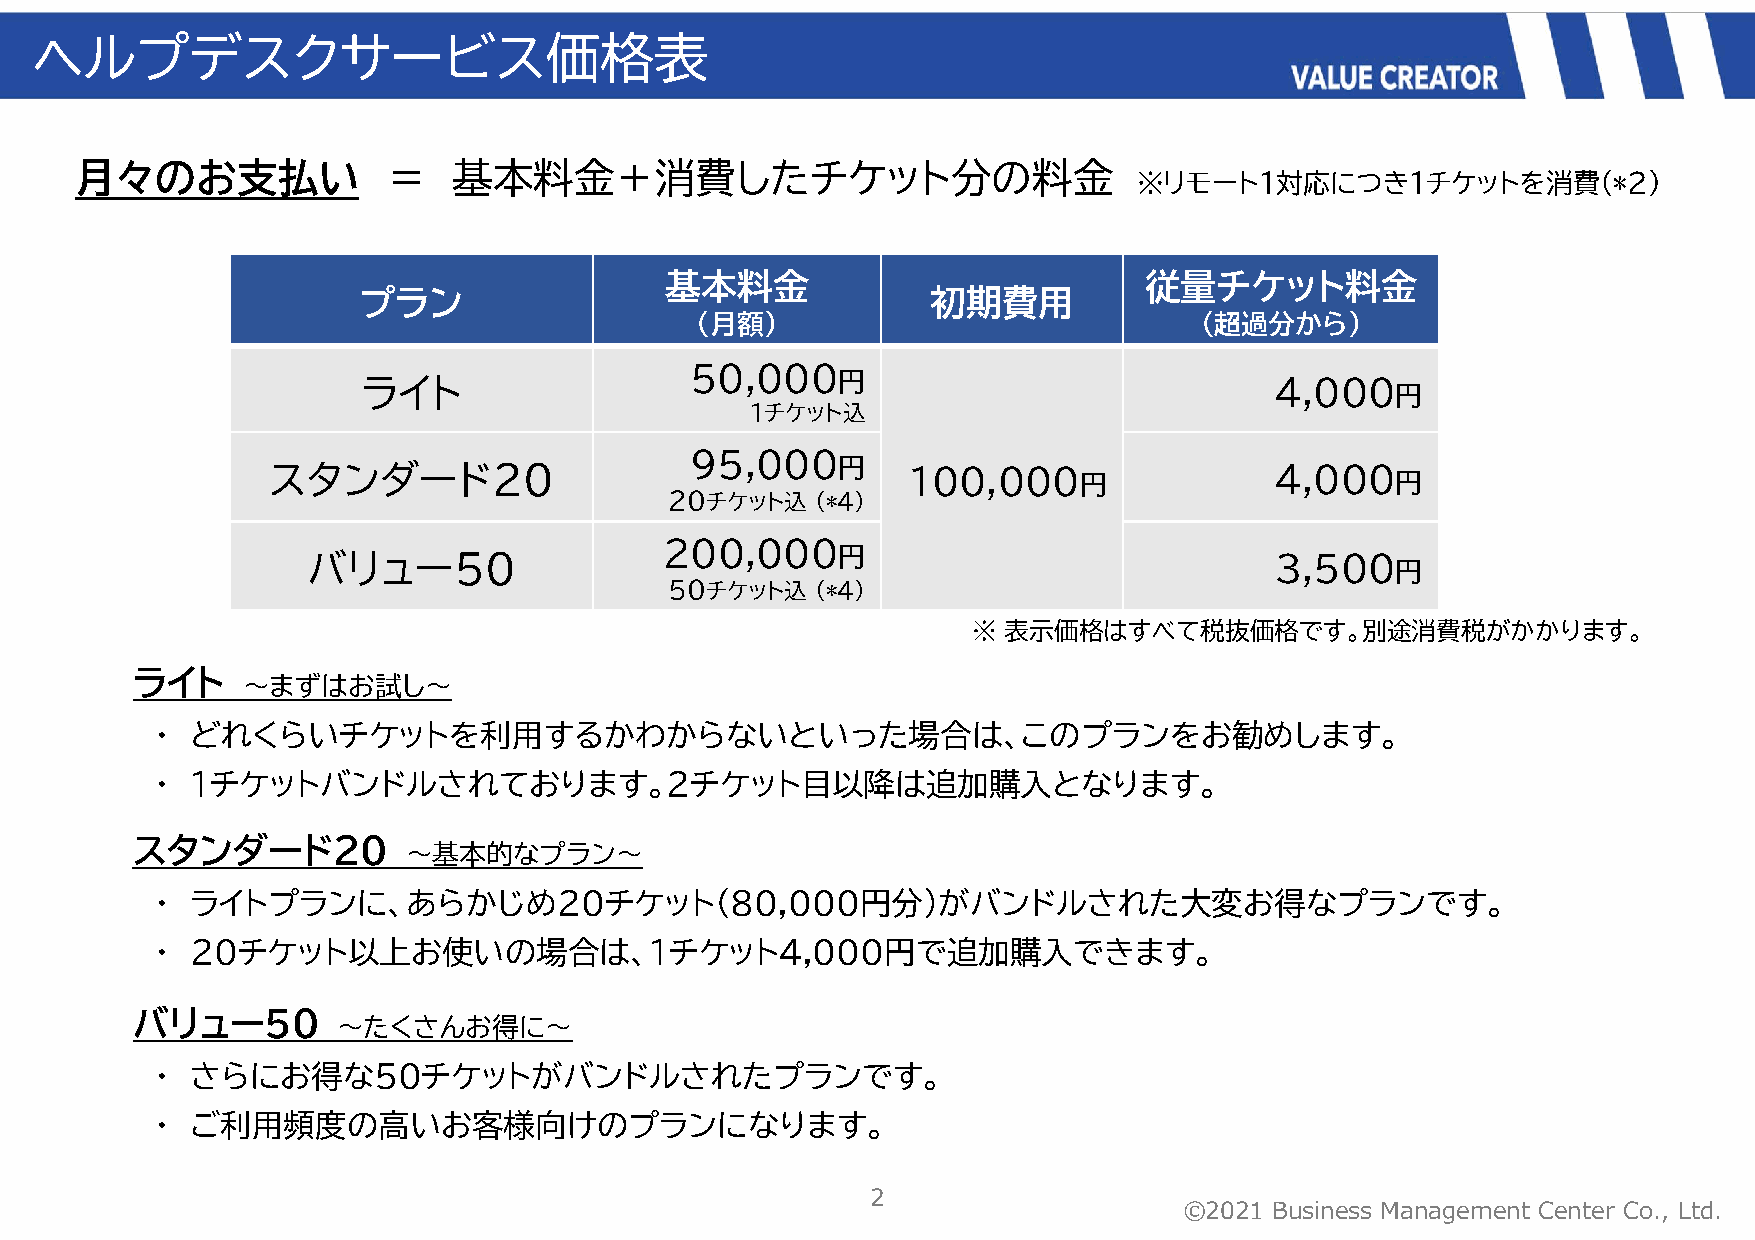
ヘルプデスクサービス価格表
 月々のお支払い              ＝   基本料金＋消費したチケット分の料金
 ※リモート1対応につき1チケットを消費(*2)
 基本料金                            従量チケット料金
 プラン                                   初期費用
 (月額)                             (超過分から)
 50,000
 ライト                            円                            4,000
 円
 1チケット込
 95,000
 スタンダード20                             円    100,000                 4,000
 円                    円
 20チケット込   (*4)
 200,000
 バリュー50                             円                            3,500
 円
 50チケット込   (*4)
 ※  表示価格はすべて税抜価格です。別途消費税がかかります。
 ライト
 ～まずはお試し～
 ・  どれくらいチケットを利用するかわからないといった場合は、このプランをお勧めします。
 ・  １チケットバンドルされております。２チケット目以降は追加購入となります。
 スタンダード20
 ～基本的なプラン～
 ・  ライトプランに、あらかじめ20チケット（80,000円分）がバンドルされた大変お得なプランです。
 ・  20チケット以上お使いの場合は、1チケット4,000円で追加購入できます。
 バリュー50
 ～たくさんお得に～
 ・  さらにお得な50チケットがバンドルされたプランです。
 ・  ご利用頻度の高いお客様向けのプランになります。
 2
 ©2021 Business Management Center Co., Ltd.